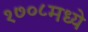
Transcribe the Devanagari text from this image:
१७०८मध्ये